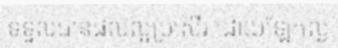
ទទួលបានផលល្អប្រសើរ ដោយឡែកល្ង